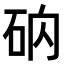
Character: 𥑚